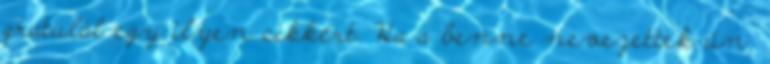
gratulál egy ilyen cikkért. Ha a benne nevezettek ún.